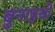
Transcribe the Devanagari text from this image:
बुनाइयों